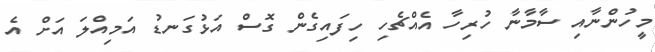
މީހުންނާއި ސާމާނާ ހުރިހާ އެއްޗެހި ހިފައިގެން ގޮސް އަޅުގަނޑު އަމިއްލަ އަށް އެ